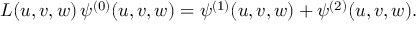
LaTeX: { \cal L } ( u , v , w ) \, \psi ^ { ( 0 ) } ( u , v , w ) = \psi ^ { ( 1 ) } ( u , v , w ) + \psi ^ { ( 2 ) } ( u , v , w ) .